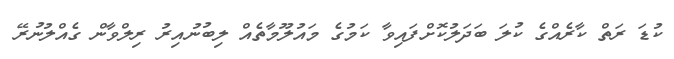
ކުޑަ ރަތް ކާރެއްގެ ކުލަ ބަދަލުކޮށްފައިވާ ކަމުގެ މައުލޫމާތެއް ލިބުނުއިރު ރިލްވާން ގެއްލުނުރޭ